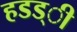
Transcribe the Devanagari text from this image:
हडड्ी